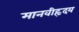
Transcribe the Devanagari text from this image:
मानवीहृदय